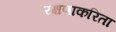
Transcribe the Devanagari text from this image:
रक्षणाकरिता